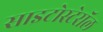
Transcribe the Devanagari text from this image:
साइटोस्टेरॉल